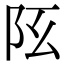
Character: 𨸞